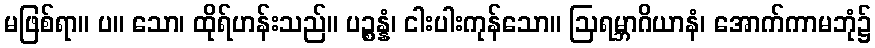
မဖြစ်ရာ။ ပ။ သော၊ ထိုရ်ဟန်းသည်။ ပဉ္စန္နံ၊ ငါးပါးကုန်သော။ ဩရမ္ဘာဂိယာနံ၊ အောက်ကာမဘုံ၌